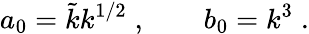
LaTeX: a_{0}=\tilde{k}k^{1/2}\; ,\qquad b_{0}=k^{3}\; .